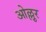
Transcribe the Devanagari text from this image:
ओल्लुर